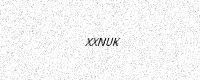
Text: XXNUK